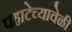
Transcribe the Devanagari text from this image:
पहाटेच्यावेळी